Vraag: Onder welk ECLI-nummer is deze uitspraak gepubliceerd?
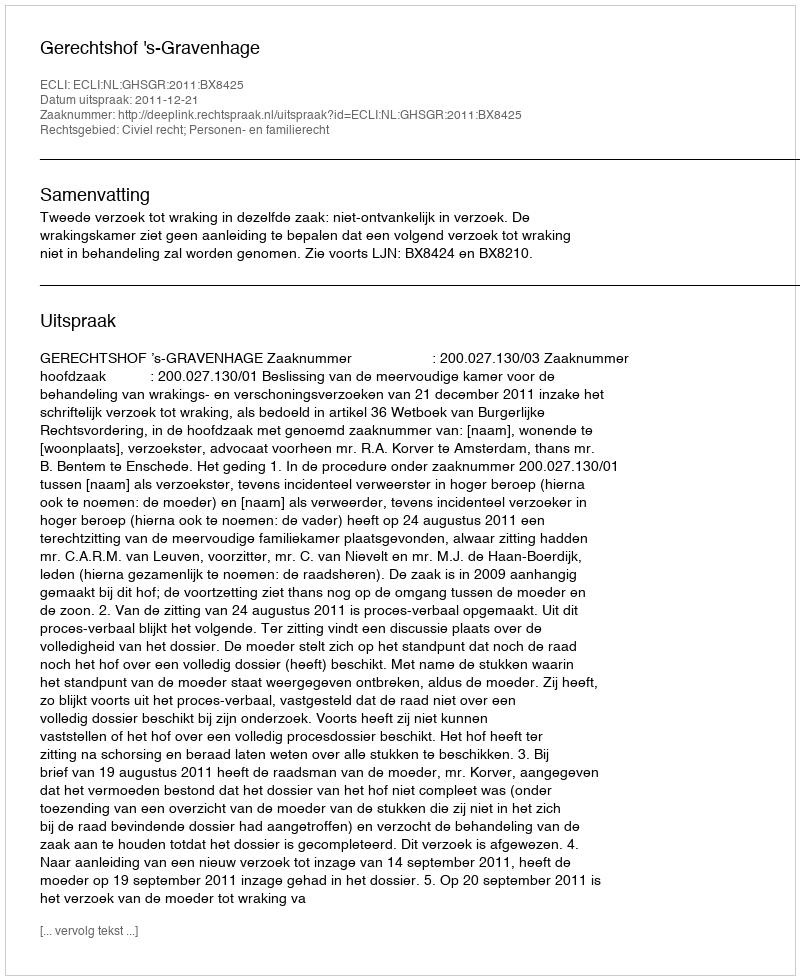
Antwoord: ECLI:NL:GHSGR:2011:BX8425